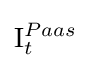
\mathrm {I} _{t}^{Paas}